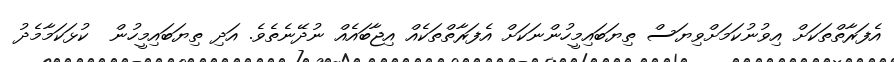
އެފަރާތްތަކަށް އިވުނުކަމަށްވިޔަސް ތިޔަބައިމީހުންނަކަށް އެފަރާތްތަކެއް އިޖާބައެއް ނުދޭނެތެވެ. އަދި ތިޔަބައިމީހުން  ކުޅަކަމާމެދު